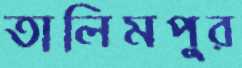
তালিমপুর